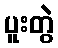
ပူးတွဲ